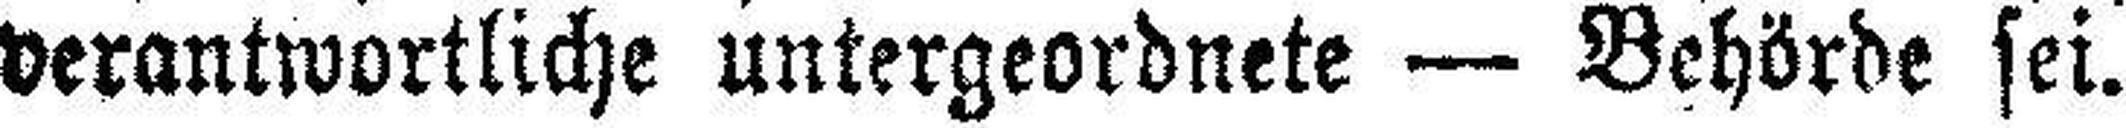
verantwortliche untergeordnete — Behörde sei.